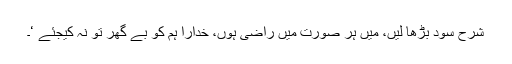
شرحِ سود بڑھا لیں، میں ہر صورت میں راضی ہوں، خدارا ہم کو بے گھر تو نہ کیجئے ‘۔